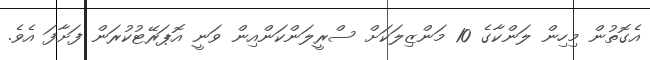
އެގޮތުން މިހިން ލަންކާގެ 10 މަންޒިލަކަށް ސްރީލަންކަންއިން ވަނީ އޮޕަރޭޓުކުރަން ފަށާފަ އެވެ.